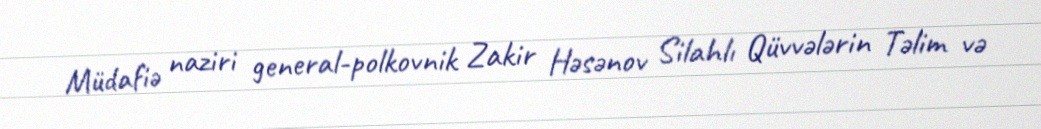
Müdafiə naziri general-polkovnik Zakir Həsənov Silahlı Qüvvələrin Təlim və